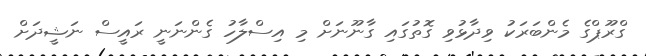
ގްރޫޕްގެ މެންބަރަކު ވިދާޅުވި ގޮތުގައި ގާނޫނަށް މި އިސްލާހު ގެންނަނީ ރައީސް ނަޝީދަށް